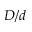
D / d